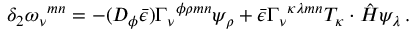
\delta _ { 2 } \omega _ { \nu } { } ^ { m n } = - ( D _ { \phi } \bar { \epsilon } ) \Gamma _ { \nu } { } ^ { \phi \rho m n } \psi _ { \rho } + \bar { \epsilon } \Gamma _ { \nu } { } ^ { \kappa \lambda m n } { \cal T } _ { \kappa } \cdot \hat { H } \psi _ { \lambda } \, .